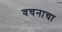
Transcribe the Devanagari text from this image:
वचनाचा